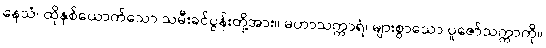
နေသံ၊ ထိုနှစ်ယောက်သော သမီးခင်ပွန်းတို့အား။ မဟာသက္ကာရံ၊ များစွာသော ပူဇော်သက္ကာကို။